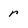
Character: r